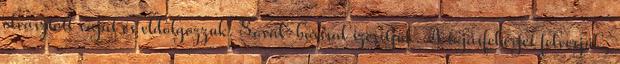
olvasztott vajat és eldolgozzuk. Sóval-borssal ízesítjük. A tojásfehérjét felverjük,